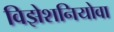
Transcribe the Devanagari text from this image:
विझेशनियोवा